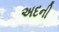
અદની